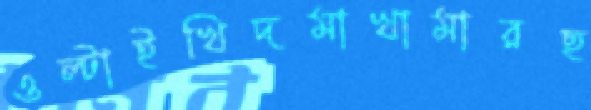
ওল্‌টাইখিদমাখামারছ